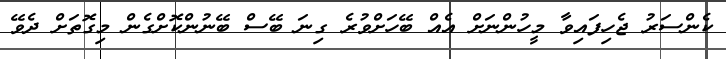
ކެންސަރު ޖެހިފައިވާ މީހުންނަށް އެއް ބޭހަށްވުރެ ގިނަ ބޭސް ބޭނުންކޮށްގެން މިގޮތަށް ދެވޭ